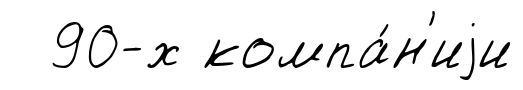
90-х компа́н'иjи